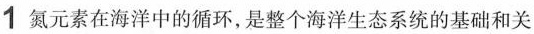
1氮元素在海洋中的循环，是整个海洋生态系统的基础和关